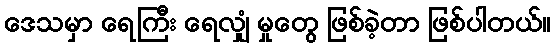
ဒေသမှာ ရေကြီး ရေလျှံ မှုတွေ ဖြစ်ခဲ့တာ ဖြစ်ပါတယ်။